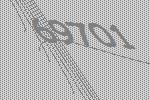
69701